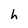
Character: h